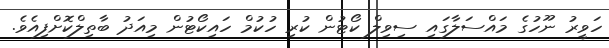
ހަވީރު ނޫހުގެ މައްސަލާގައި ސިވިލް ކޯޓުން ކުރި ހުކުމް ހައިކޯޓުން މިއަދު ބާތިލްކޮށްފިއެވެ.